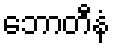
ဘောတီနံ